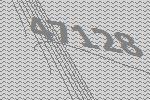
47128